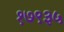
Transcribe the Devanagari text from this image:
१७९३५